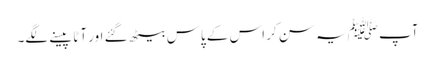
آپ ﷺیہ سن کر اس کے پاس بیٹھ گئے اور آٹا پیسنے لگے۔